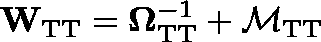
\mathbf { W } _ { \mathrm { T T } } = \mathbf { \Omega } _ { \mathrm { T T } } ^ { - 1 } + \mathbf { \mathcal { M } } _ { \mathrm { T T } }